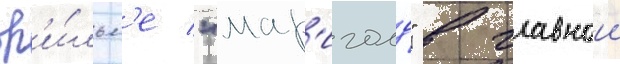
ф'и́льм'е "мар'иголд" в главнои